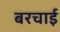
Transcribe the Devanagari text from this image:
बरचाई